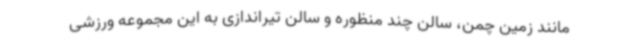
مانند زمین چمن، سالن چند منظوره و سالن تیراندازی به این مجموعه ورزشی